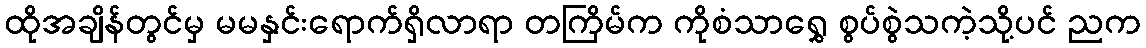
ထိုအချိန်တွင်မှ မမနှင်းရောက်ရှိလာရာ တကြိမ်က ကိုစံသာရွှေ စွပ်စွဲသကဲ့သို့ပင် ညက